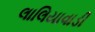
લાલિયાવાડી